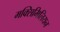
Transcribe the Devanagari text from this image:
मक्सिमिलियन